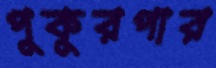
পুকুরপার